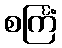
စင်္ကြံ